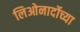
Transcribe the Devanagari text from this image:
लिओनार्दोच्या